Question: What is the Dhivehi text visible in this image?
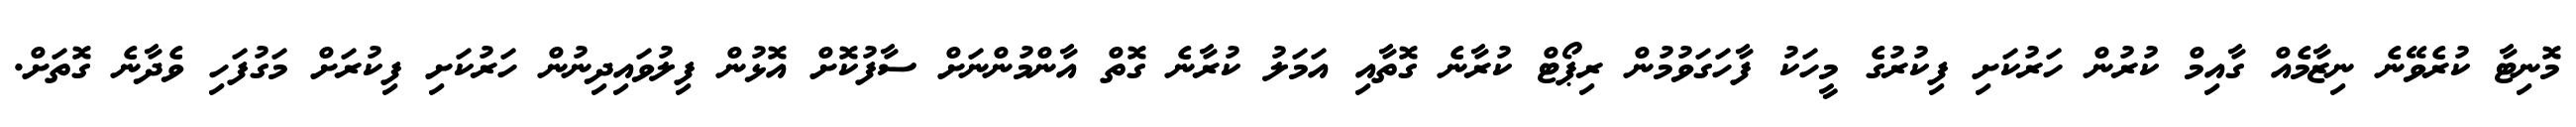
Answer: މޮނިޓާ ކުރެވޭނެ ނިޒާމެއް ގާއިމް ކުރުން ހަރުކަށި ފިކުރުގެ މީހަކު ފާހަގަވުމުން ރިޕޯޓް ކުރާނެ ގޮތާއި އަމަލު ކުރާނެ ގޮތް އާންމުންނަށް ސާފުކޮށް އޮޅުން ފިލުވައިދިނުން ހަރުކަށި ފިކުރަށް މަގުފަހި ވެދާނެ ގޮތަށް.